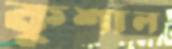
কুশাল